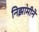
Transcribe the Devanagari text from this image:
निझामीने